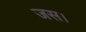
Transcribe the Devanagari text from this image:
जस।